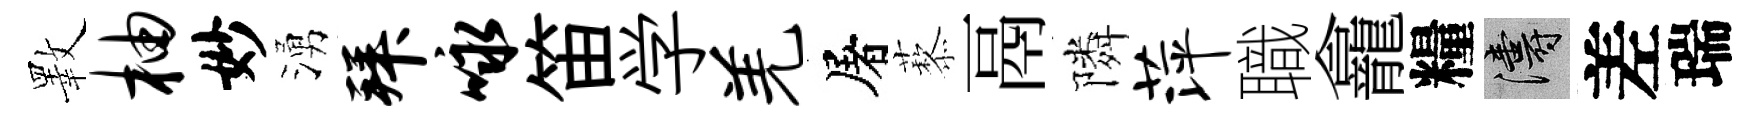
斁柚妙湧拜咏笛学羌屠藜鬲隣萍職龕糧濤差瑞